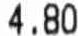
4.80